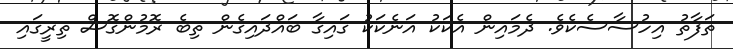
ތަފާތު އިހުސާސެކެވެ. ދެމައިން އެކަކު އަނެކަކު ގައިގާ ބައްދައިގެން ތިބެ ރޮމުންގޮސް ތިރީގައި